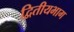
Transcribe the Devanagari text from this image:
द्वितीयभाग